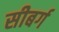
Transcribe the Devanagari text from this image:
सीबर्ग